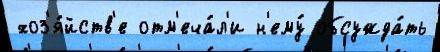
хоз'я́йств'е отм'еча́л'и н'ему́ обсужда́ть